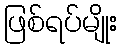
ဖြစ်ရပ်မျိုး